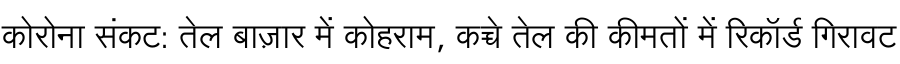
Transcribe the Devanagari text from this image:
कोरोना संकट: तेल बाज़ार में कोहराम, कच्चे तेल की कीमतों में रिकॉर्ड गिरावट